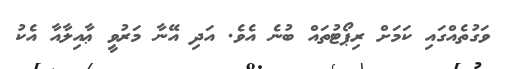
ވަގުތެއްގައި ކަމަށް ރިޕޯޓުތައް ބުނެ އެވެ. އަދި އޭނާ މަރުވީ ޢާއިލާއާ އެކު